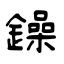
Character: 鐰